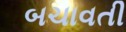
બચાવતી